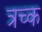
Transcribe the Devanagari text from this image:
त्रच्क